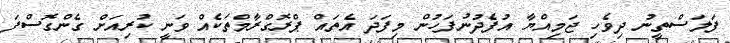
ފަލަސްތީނު ދިވެހި ޖަމިއްޔާ އުފެދުނުފަހުން މިފަދަ އެތައް ޕްރޮގްރާމްތަކެއް ވަނީ ކުރިއަށް ގެންގޮސްފަ